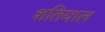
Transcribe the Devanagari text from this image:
शतियाल